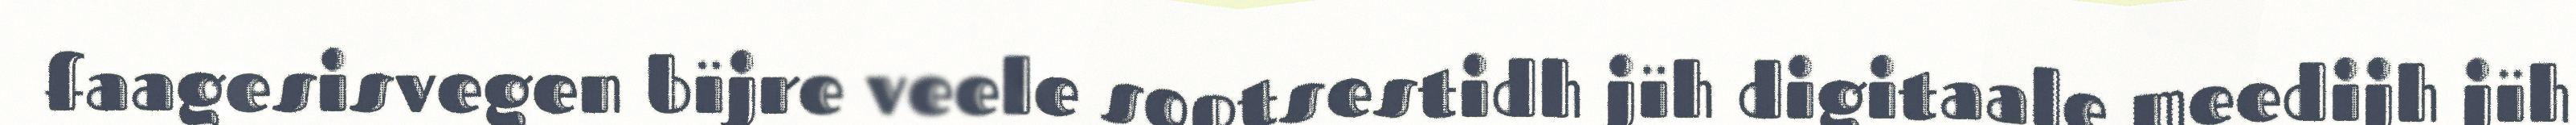
faagesisvegen bïjre veele soptsestidh jïh digitaale meedijh jïh